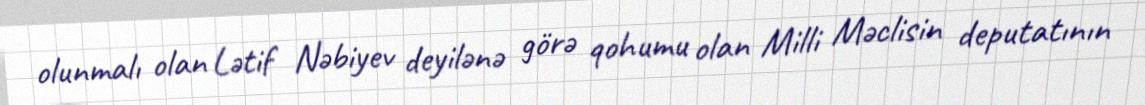
olunmalı olan Lətif Nəbiyev deyilənə görə qohumu olan Milli Məclisin deputatının